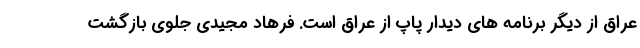
عراق از دیگر برنامه های دیدار پاپ از عراق است. فرهاد مجیدی جلوی بازگشت